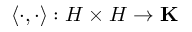
\langle \cdot , \cdot \rangle : H \times H \to \mathbf { K }